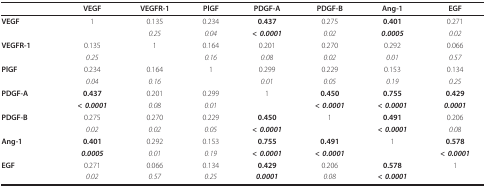
|  | VEGF | VEGFR-1 | PlGF | PDGF-A | PDGF-B | Ang-1 | EGF |
 | --- | --- | --- | --- | --- | --- | --- | --- |
 | VEGF | 1 | 0.135 | 0.234 | 0.437 | 0.275 | 0.401 | 0.271 |
 |  |  | 0.25 | 0.04 | < 0.0001 | 0.02 | 0.0005 | 0.02 |
 | VEGFR-1 | 0.135 | 1 | 0.164 | 0.201 | 0.270 | 0.292 | 0.066 |
 |  | 0.25 |  | 0.16 | 0.08 | 0.02 | 0.01 | 0.57 |
 | PlGF | 0.234 | 0.164 | 1 | 0.299 | 0.229 | 0.153 | 0.134 |
 |  | 0.04 | 0.16 |  | 0.01 | 0.05 | 0.19 | 0.25 |
 | PDGF-A | 0.437 | 0.201 | 0.299 | 1 | 0.450 | 0.755 | 0.429 |
 |  | < 0.0001 | 0.08 | 0.01 |  | < 0.0001 | < 0.0001 | 0.0001 |
 | PDGF-B | 0.275 | 0.270 | 0.229 | 0.450 | 1 | 0.491 | 0.206 |
 |  | 0.02 | 0.02 | 0.05 | < 0.0001 |  | < 0.0001 | 0.08 |
 | Ang-1 | 0.401 | 0.292 | 0.153 | 0.755 | 0.491 | 1 | 0.578 |
 |  | 0.0005 | 0.01 | 0.19 | < 0.0001 | < 0.0001 |  | < 0.0001 |
 | EGF | 0.271 | 0.066 | 0.134 | 0.429 | 0.206 | 0.578 | 1 |
 |  | 0.02 | 0.57 | 0.25 | 0.0001 | 0.08 | < 0.0001 |  |